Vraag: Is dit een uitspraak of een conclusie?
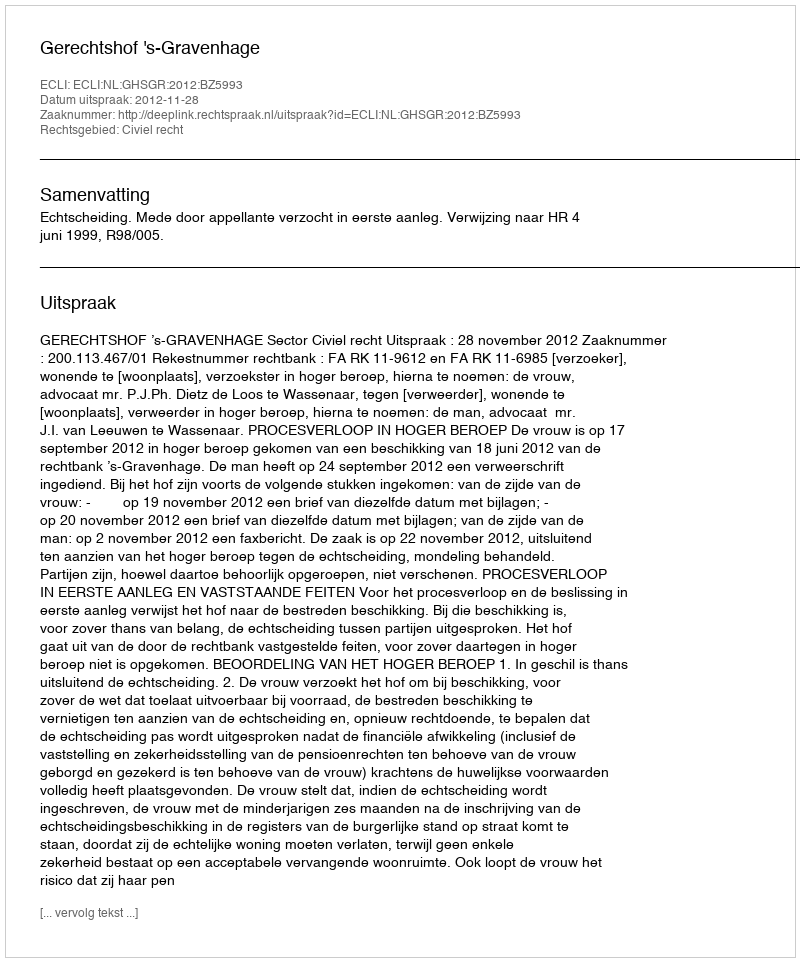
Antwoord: Uitspraak